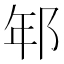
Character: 𨚶